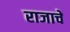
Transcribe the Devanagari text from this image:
राजाचें